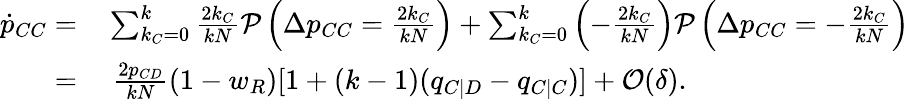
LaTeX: \begin{array}{rl}{\dot{p}_{CC}=}&{{}\sum_{k_{C}=0}^{k}{\frac{2k_{C}}{kN}\mathcal{P}\left(\Delta p_{CC}=\frac{2k_{C}}{kN}\right)}+\sum_{k_{C}=0}^{k}{\left(-\frac{2k_{C}}{kN}\right)\mathcal{P}\left(\Delta p_{CC}=-\frac{2k_{C}}{kN}\right)}}\\ {=}&{{}~\frac{2p_{CD}}{kN}(1-w_{R})[1+(k-1)(q_{C|D}-q_{C|C})]+\mathcal{O}(\delta).}\end{array}